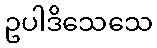
ဥပါဒိသေသေ